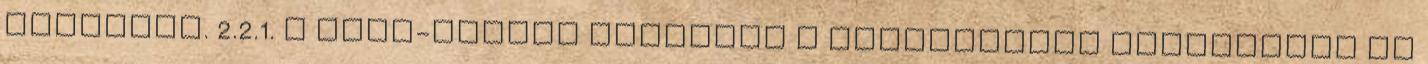
tárolása. 2.2.1. A szén-dioxid tárolása a gázpalackok tárolására és